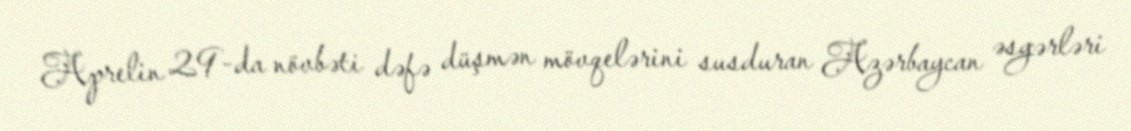
Aprelin 29-da növbəti dəfə düşmən mövqelərini susduran Azərbaycan əsgərləri